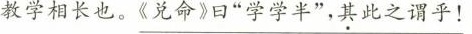
教学相长也。\underline{《兑命》曰”学学半”，其此之谓乎！}